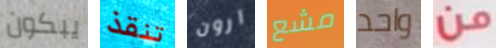
يبكون تنقذ آرون مشع واحد من